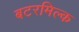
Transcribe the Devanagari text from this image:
बटरमिल्क